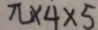
\pi \times 4 \times 5